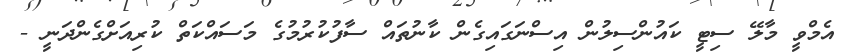
އެމްވީ މާލޭ ސިޓީ ކައުންސިލުން އިސްނަގައިގެން ކާނުތައް ސާފުކުރުމުގެ މަސައްކަތް ކުރިއަށްގެންދަނީ -